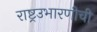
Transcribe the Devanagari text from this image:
राष्ट्रउभारणीची